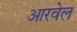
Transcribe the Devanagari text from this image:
आरवेल